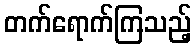
တက်ရောက်ကြသည့်